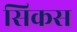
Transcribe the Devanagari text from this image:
सिकस